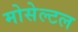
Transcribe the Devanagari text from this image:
मोसेल्टल